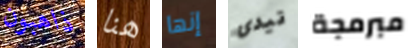
ذاهبون هنا إنها تيدى مبرمجة